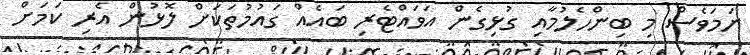
ނަމަވެސް މި ބިންހެލުމާއި ގުޅިގެން އަވައްޓެރި ބައެއް ގައުމުތަކަށް ލޮޅުން އެރި ކަމަށް